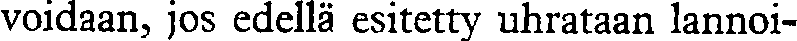
voidaan, jos edellä esitetty uhrataan lannoi-